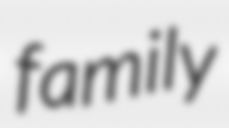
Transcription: family